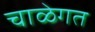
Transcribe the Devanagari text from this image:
चाळेगत